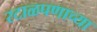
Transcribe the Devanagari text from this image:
रटाळपणाच्या